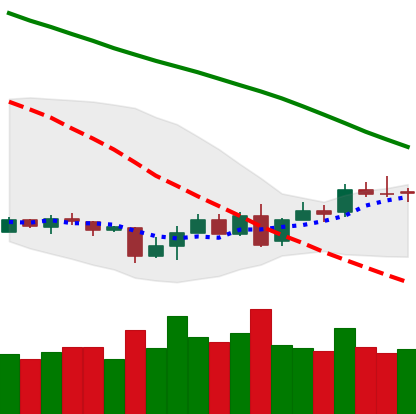
Ticker: XMR-USD
Chart end date: 2018-07-05
Forward return: -12.45%
Label: down_7plus